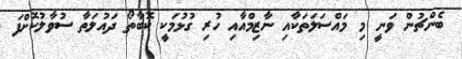
ބެންޗުން ވަނީ މި މައްސަލަތަކާއި ނާޒިމްއާއި ހުރި ގުޅުމަކީ ކޮބާތޯ ދައުލަތާ ސުވާލުކޮށްފަ